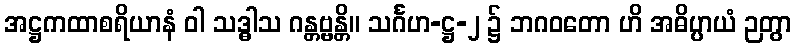
အဋ္ဌကထာစရိယာနံ ဝါ သဒ္ဓါသ ဂန္တဗ္ဗန္တိ။ သင်္ဂဟ-ဋ္ဌ-၂ ၌ ဘဂဝတော ဟိ အဓိပ္ပာယံ ဉတွာ